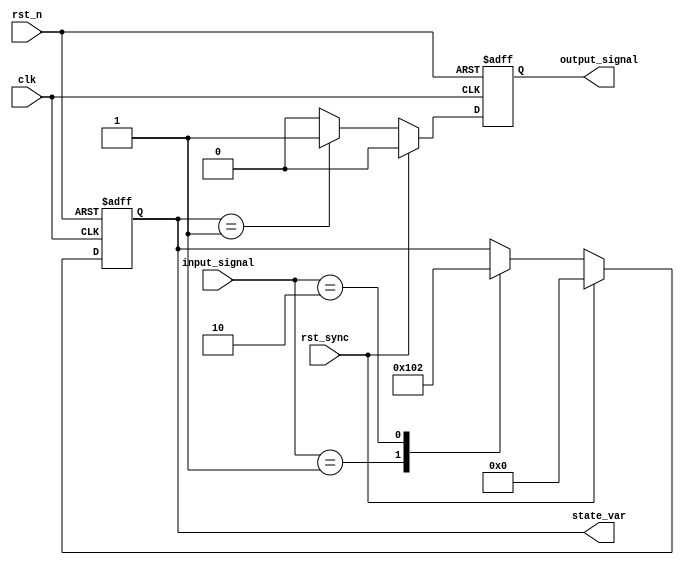
module reset_condition_block (
    input wire clk,               // Clock signal
    input wire rst_n,            // Active low reset signal (asynchronous)
    input wire rst_sync,         // Active high reset signal (synchronous)
    input wire [3:0] input_signal, // Example input signal for state transitions
    output reg [7:0] state_var,  // State variable (register)
    output reg output_signal      // Output signal based on state
);

// Initial state definition
localparam INITIAL_STATE = 8'h00; // Define your initial state here

// Always block for synchronous reset
always @(posedge clk or negedge rst_n) begin
    if (!rst_n) begin
        // Asynchronous reset condition
        state_var <= INITIAL_STATE; // Reset state variable to initial state
        output_signal <= 1'b0;       // Reset output signal
    end else if (rst_sync) begin
        // Synchronous reset condition
        state_var <= INITIAL_STATE; // Reset state variable to initial state
        output_signal <= 1'b0;       // Reset output signal
    end else begin
        // Normal operation logic
        // Example state transition based on input_signal
        case (input_signal)
            4'b0001: state_var <= 8'h01; // Example state transition
            4'b0010: state_var <= 8'h02; // Another state transition
            // Add more cases as needed
            default: state_var <= state_var; // Maintain current state
        endcase
        
        // Example output logic based on state_var
        output_signal <= (state_var == 8'h01) ? 1'b1 : 1'b0; // Example output logic
    end
end

endmodule